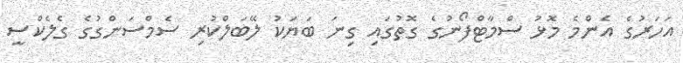
އަހަރުގެ އެންމެ މޮޅު ސްމާޓްފޯނުގެ ގޮތުގައި ގިނަ ބަޔަކު ލޭބަލްކުރި ސެމްސަންގުގެ ގެލެކްސީ